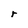
Character: r